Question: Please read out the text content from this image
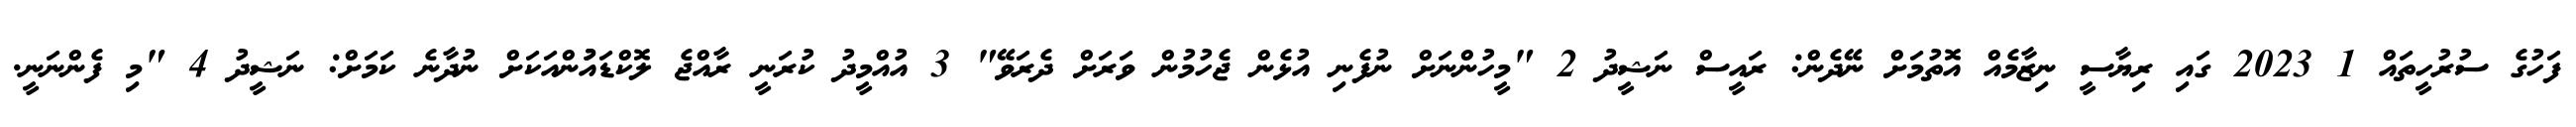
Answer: ފަހުގެ ސުރުހީތައް 1 2023 ގައި ރިޔާސީ ނިޒާމެއް އޮތުމަށް ނޭދެން: ރައީސް ނަޝީދު 2 "މީހުންނަށް ނުފެނި އުޅެން ޖެހުމުން ވަރަށް ދެރަވޭ" 3 އުއްމީދު ކުރަނީ ރާއްޖެ ލޮކްޑައުުންއަކަށް ނުދާނެ ކަމަށް: ނަޝީދު 4 "މި ފެންނަނީ.